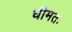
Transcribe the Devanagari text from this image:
धीमतः